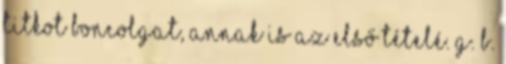
titkot boncolgat, annak is az első tételé. G. B.